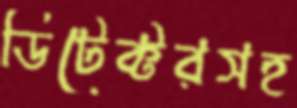
ডিটেক্টরসহ